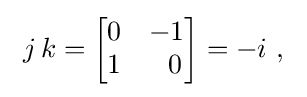
~j\,k={\begin{bmatrix}0&-1\\1&\;~0\end{bmatrix}}=-i~,~